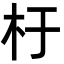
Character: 杅